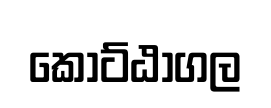
කොට්ඨාගල